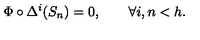
\Phi \circ \Delta ^ { i } ( S _ { n } ) = 0 , \qquad \forall i , n < h .